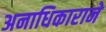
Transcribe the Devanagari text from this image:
अनाधिकाराने